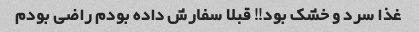
غذا سرد و خشک بود!! قبلا سفارش داده بودم راضی بودم